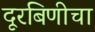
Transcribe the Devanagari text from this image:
दूरबिणीचा